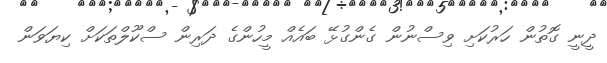
ދީނީ ގޮތުން ހަރުކަށި ވިސްނުން ގެންގުޅޭ ބައެއް މީހުންގެ ދަރިން ސްކޫލްތަކަށް ކިޔަވަން